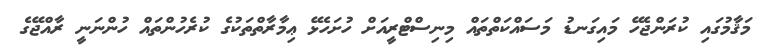
މަޤާމުގައި ކުރަންޖެހޭ މައިގަނޑު މަސައްކަތްތައް މިނިސްޓްރީއަށް ހުށަހެޅޭ ޢިމާރާތްތަކުގެ ކުރެހުންތައް ހުންނަނީ ރާއްޖޭގެ